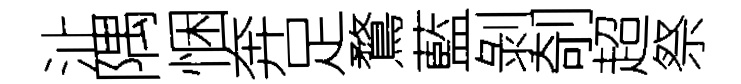
沚隅悃奔足鶩藍剝剞超祭